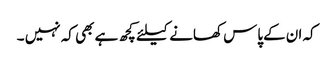
کہ ان کےپاس کھانے کیلئے کچھ ہے بھی کہ نہیں ۔